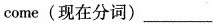
come(现在分词)___